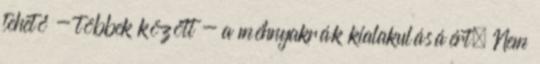
tehető - többek között - a méhnyakrák kialakulásáért. Nem